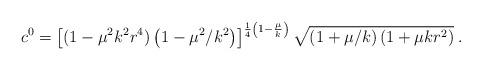
LaTeX: \begin{align*}c^0=\left[(1-\mu^2k^2r^4)\left(1-\mu^2/k^2\right)\right]^{\frac{1}{4}\left(1-\frac{\mu}{k}\right)}\sqrt{\left(1+\mu/k\right)(1+\mu k r^2)}\;.\end{align*}